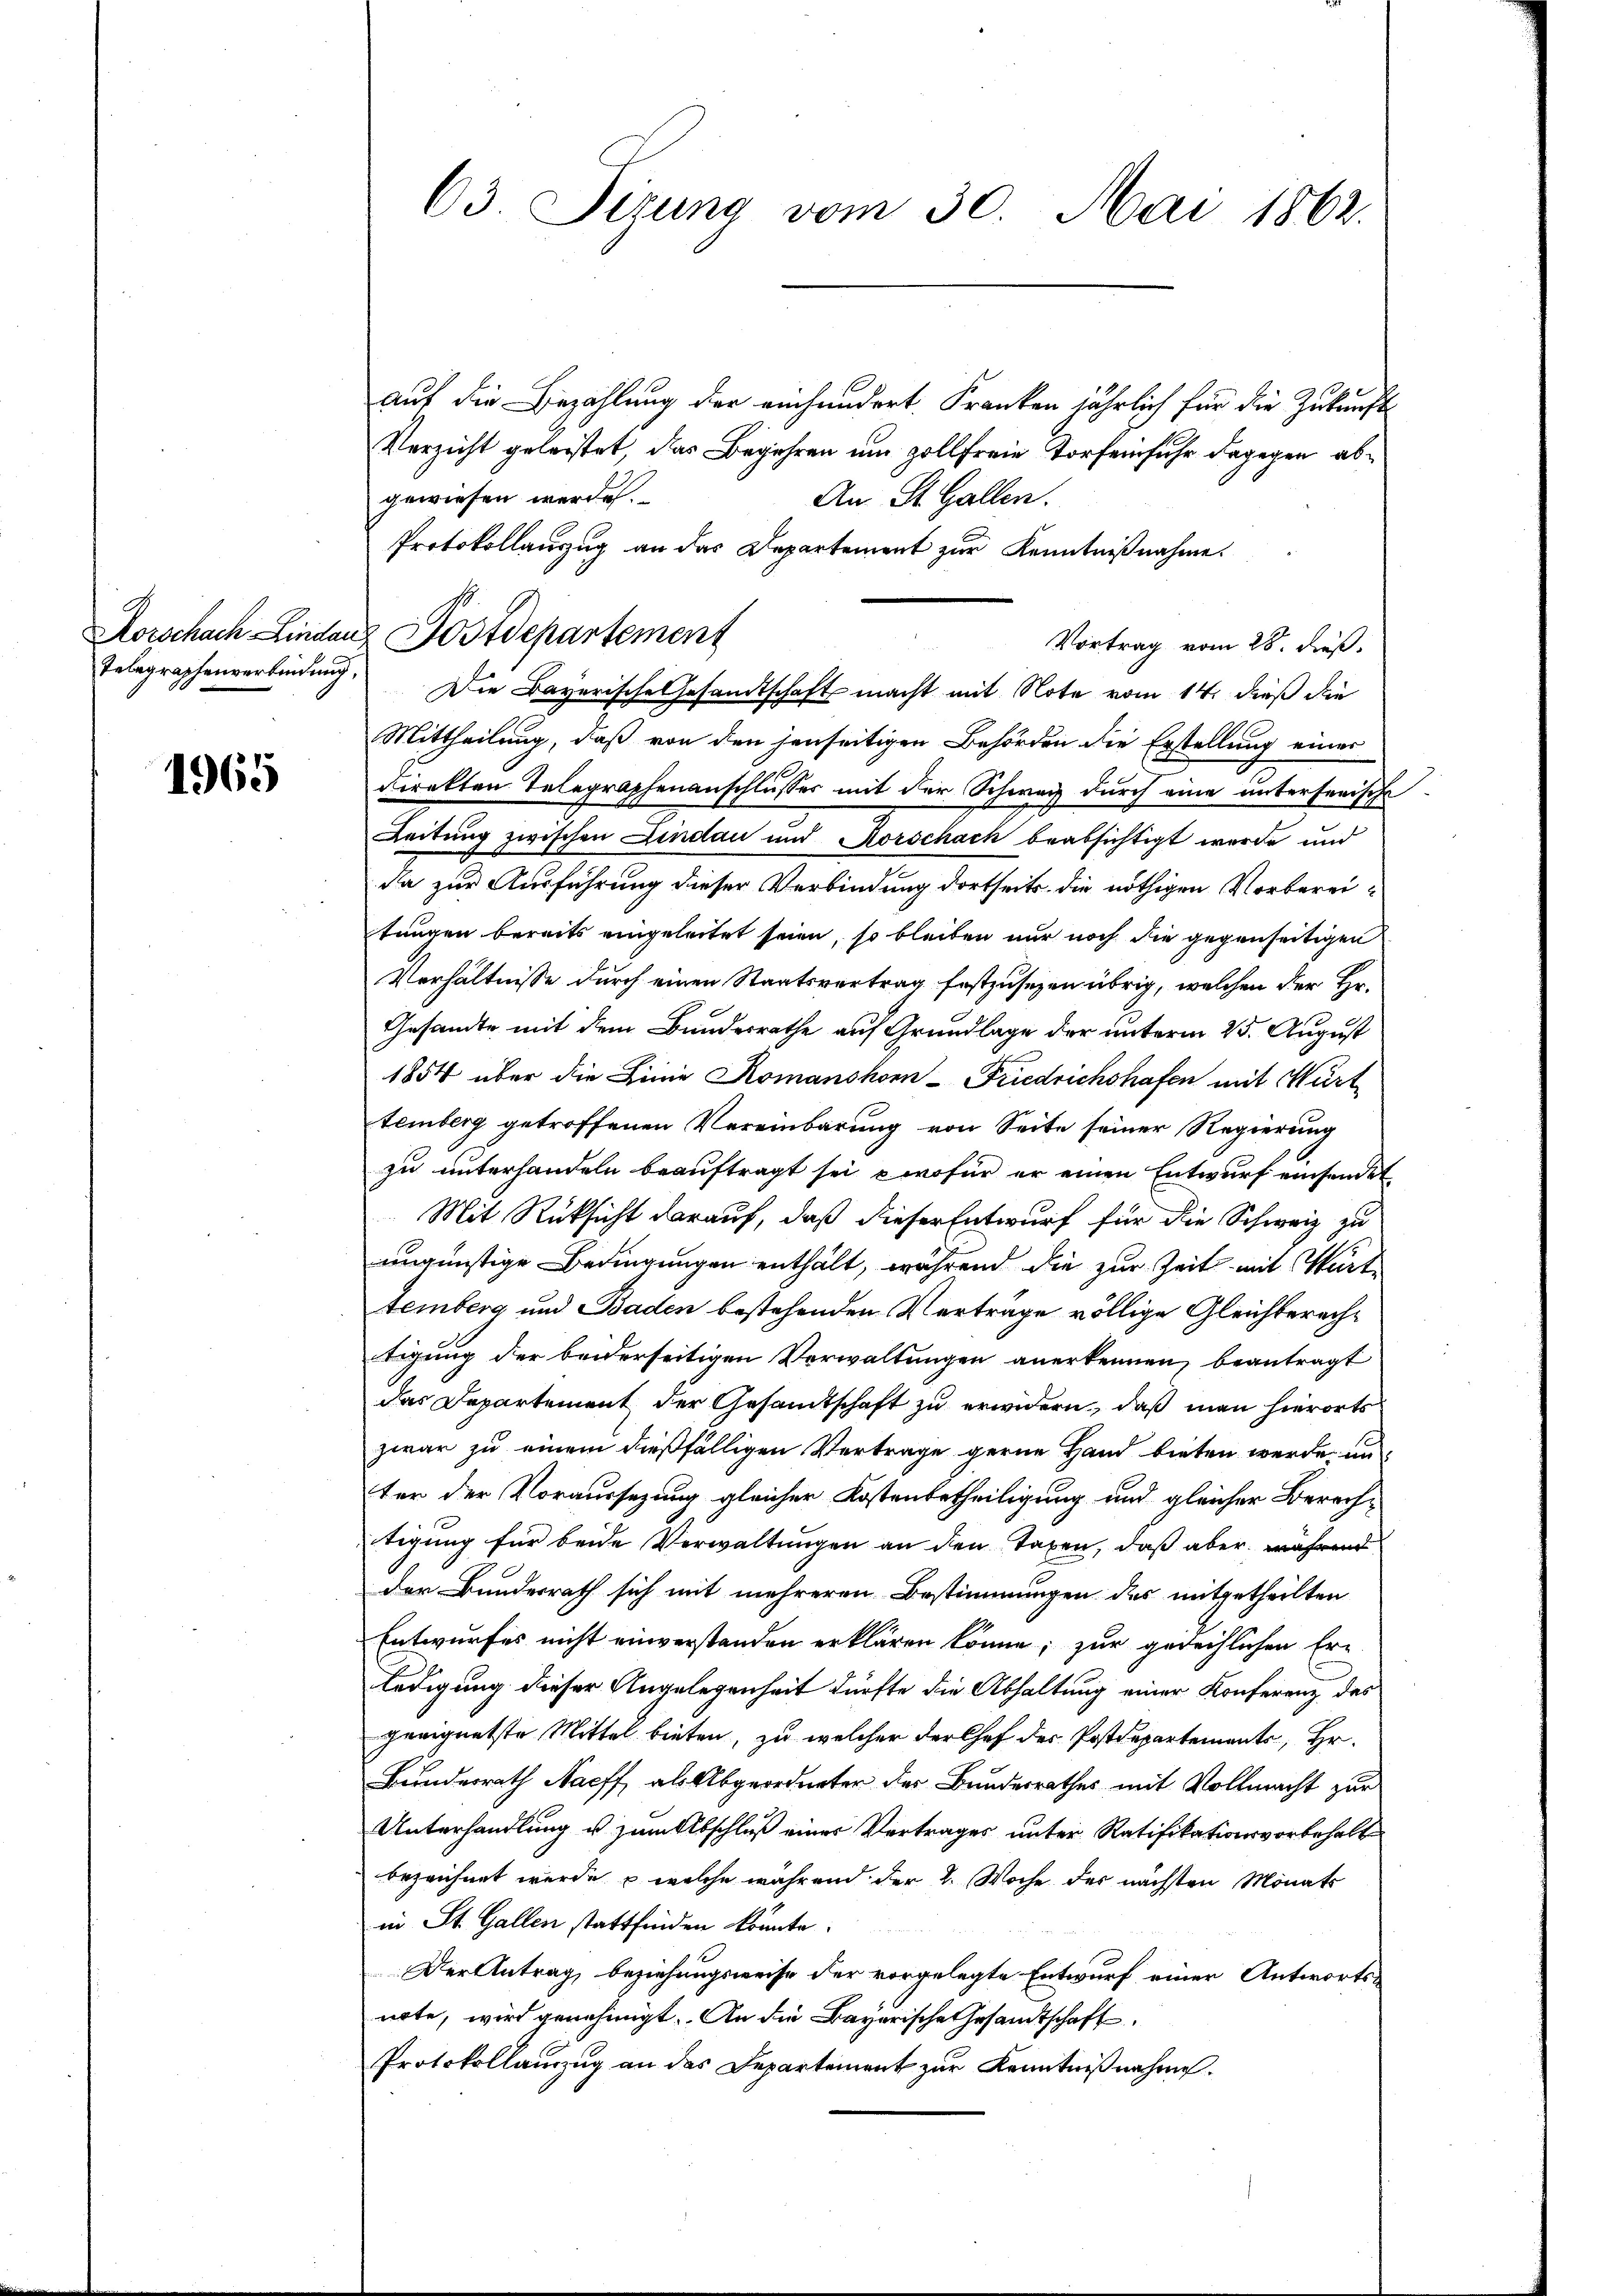
Korschach Lindau
Telegraphenverbindung,

1965

63. Sizung vom 30. Mai 1862.

auf die Bezahlung der einhundert Franken jährlich für die Zukunft
Verzicht geleistet, das Begehren um zollfreie Torfeinfuhr dagegen abgewiesen werden.
An St. Gallen.
Protokollauszug an das Departement zur Kenntnißnahme.
Vortrag vom 28. dieß.
Die Bayerische Gesandtschaft macht mit Note vom 14. dieß die
Mittheilung, daß von den jenseitigen Behörden die Erstellung einer
direkten Telegraphenanschlusser mit der Schweiz durch eine unterferische
Leitung zwischen Lindau und Rorschach beabsichtigt wurde und
da zur Ausführung dieser Verbindung dortseits die nöthigen Vorbereitungen bereits eingeleitet seien, so bleiben nur noch die gegenseitigen
Verhältnisse durch einen Staatsvertrag festzusezen übrig, welchen der Er¬
Gesandte mit dem Bundesrathe auf Grundlage der unterm 25. August
1854 über die Linie Romanshorn-Friedrichshafen mit Würt
temberg getroffenen Vereinbarung von Seite seiner Regierung
zu unterhandeln beauftragt sei, wofür er einen Entwurf einsendet
Mit Rücksicht darauf, daß dieser Entwurf für die Schweiz zu
ungünstige Bedingungen enthält, während die zur Zeit mit Würt
temberg und Baden bestehenden Vertrage völlige Gleichberechtigung der beiderseitigen Verwaltungen anerkennen, beantragt
das Departement der Gesamtschaft zu erwidern, daß man hierorts
zwar zu einem dießfälligen Vertrage gerne Hand bieten werde, un
ter der Voraussezung gleicher Kostenbetheiligung und gleicher Berechtigung für beide Verwaltungen an den Taxen, daß aber während
der Bundesrath sich mit mehreren Bestimmungen des mitgetheilten
Entwurfes nicht einverstanden erklären könne; zur gerechlichen Er-
ledigung dieser Angelegenheit dürfte die Abhaltung einer Konferenz des
geeignetste Mittel bieten, zu welcher der Chef des Postdepartements, Hr.
Bunderrath Nacht, als Abgeordneter des Bundesrathes mit Vollmacht zur
Unterhandlung u. zum Abschluß eines Vertrages unter Ratifikationsvorbehalt
bezeichnet werde, u welche während der 2. Woche des nächsten Monats
in St. Gallen stattfinden könnte.
Der Antrag, beziehungsweise der vorgelegte Entwurf einer Antwortsnote, wird genehmigt. An die Bayerische Gesandtschaft
Protokollauszug an das Departement zur Kenntnißnahme.

Postdepartement